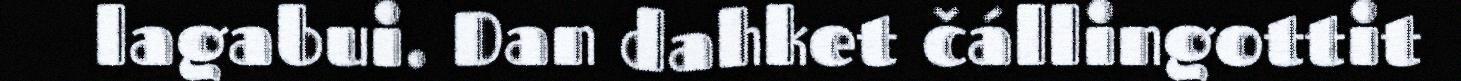
lagabui. Dan dahket čállingottit